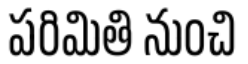
పరిమితి నుంచి